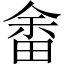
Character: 畬